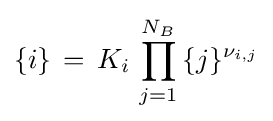
\{i\}\,=\,K_{i}\,\prod _{j=1}^{N_{B}}\,\{j\}^{\nu _{i,j}}